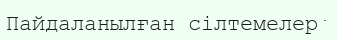
Пайдаланылған cілтемелер﻿